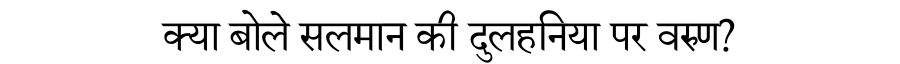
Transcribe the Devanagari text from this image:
क्या बोले सलमान की दुलहनिया पर वरुण?